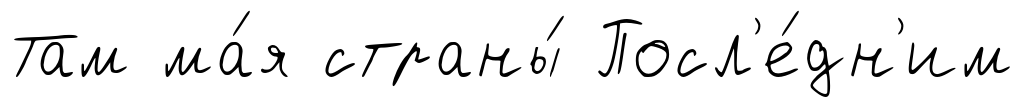
Там ма́я страны́ Посл'е́дн'им